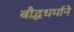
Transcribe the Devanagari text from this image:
बौद्धधर्माने